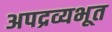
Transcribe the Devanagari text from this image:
अपद्रव्यभूत